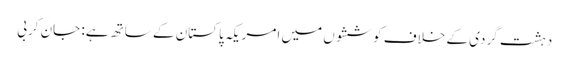
دہشت گردی کے خلاف کوششوں میں امریکہ پاکستان کے ساتھ ہے: جان کربی